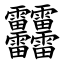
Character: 䨻